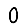
Digit: 0